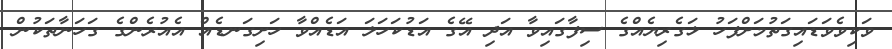
ވަކިވެވަޑައިގަތުމަށްފަހު ޅަގެރިޔެއްގެ ސިފާގައިވާ އަދި އޭގެ އަޑުކަހަލަ އަޑެއްވާ ހަށިގަނޑެއް އެއުރެންގެ ގަހަނާތަކުން